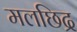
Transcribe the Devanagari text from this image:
मलछिद्र